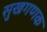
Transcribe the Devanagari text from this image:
सुखगणक